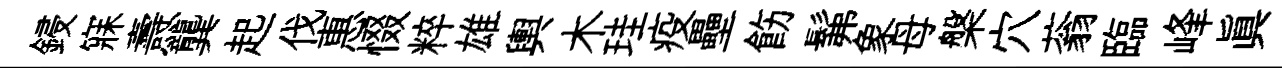
鋟寐燾龔起伐惠惙粹雄輿木珪疫壘飭髴象母槃穴蓊臨峰真